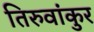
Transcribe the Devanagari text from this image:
तिरुवांकुर